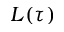
L ( \tau )